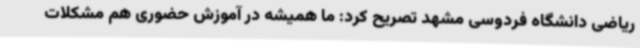
ریاضی دانشگاه فردوسی مشهد تصریح کرد: ما همیشه در آموزش حضوری هم مشکلات